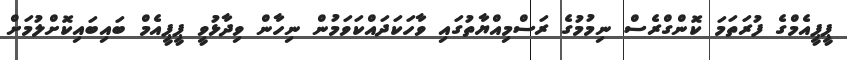
ޕީޕީއެމްގެ ފުރަތަމަ ކޮންގްރެސް ނިމުމުގެ ރަސްމިއްޔާތުގައި ވާހަކަދައްކަވަމުން ނިހާން ވިދާޅުވީ ޕީޕީއެމް ބައިބައިކޮށްލުމަށް